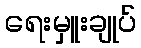
ရေးမှူးချုပ်